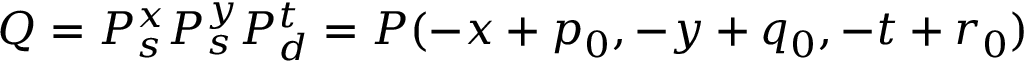
Q = P _ { s } ^ { x } P _ { s } ^ { y } P _ { d } ^ { t } = P ( - x + p _ { 0 } , - y + q _ { 0 } , - t + r _ { 0 } )